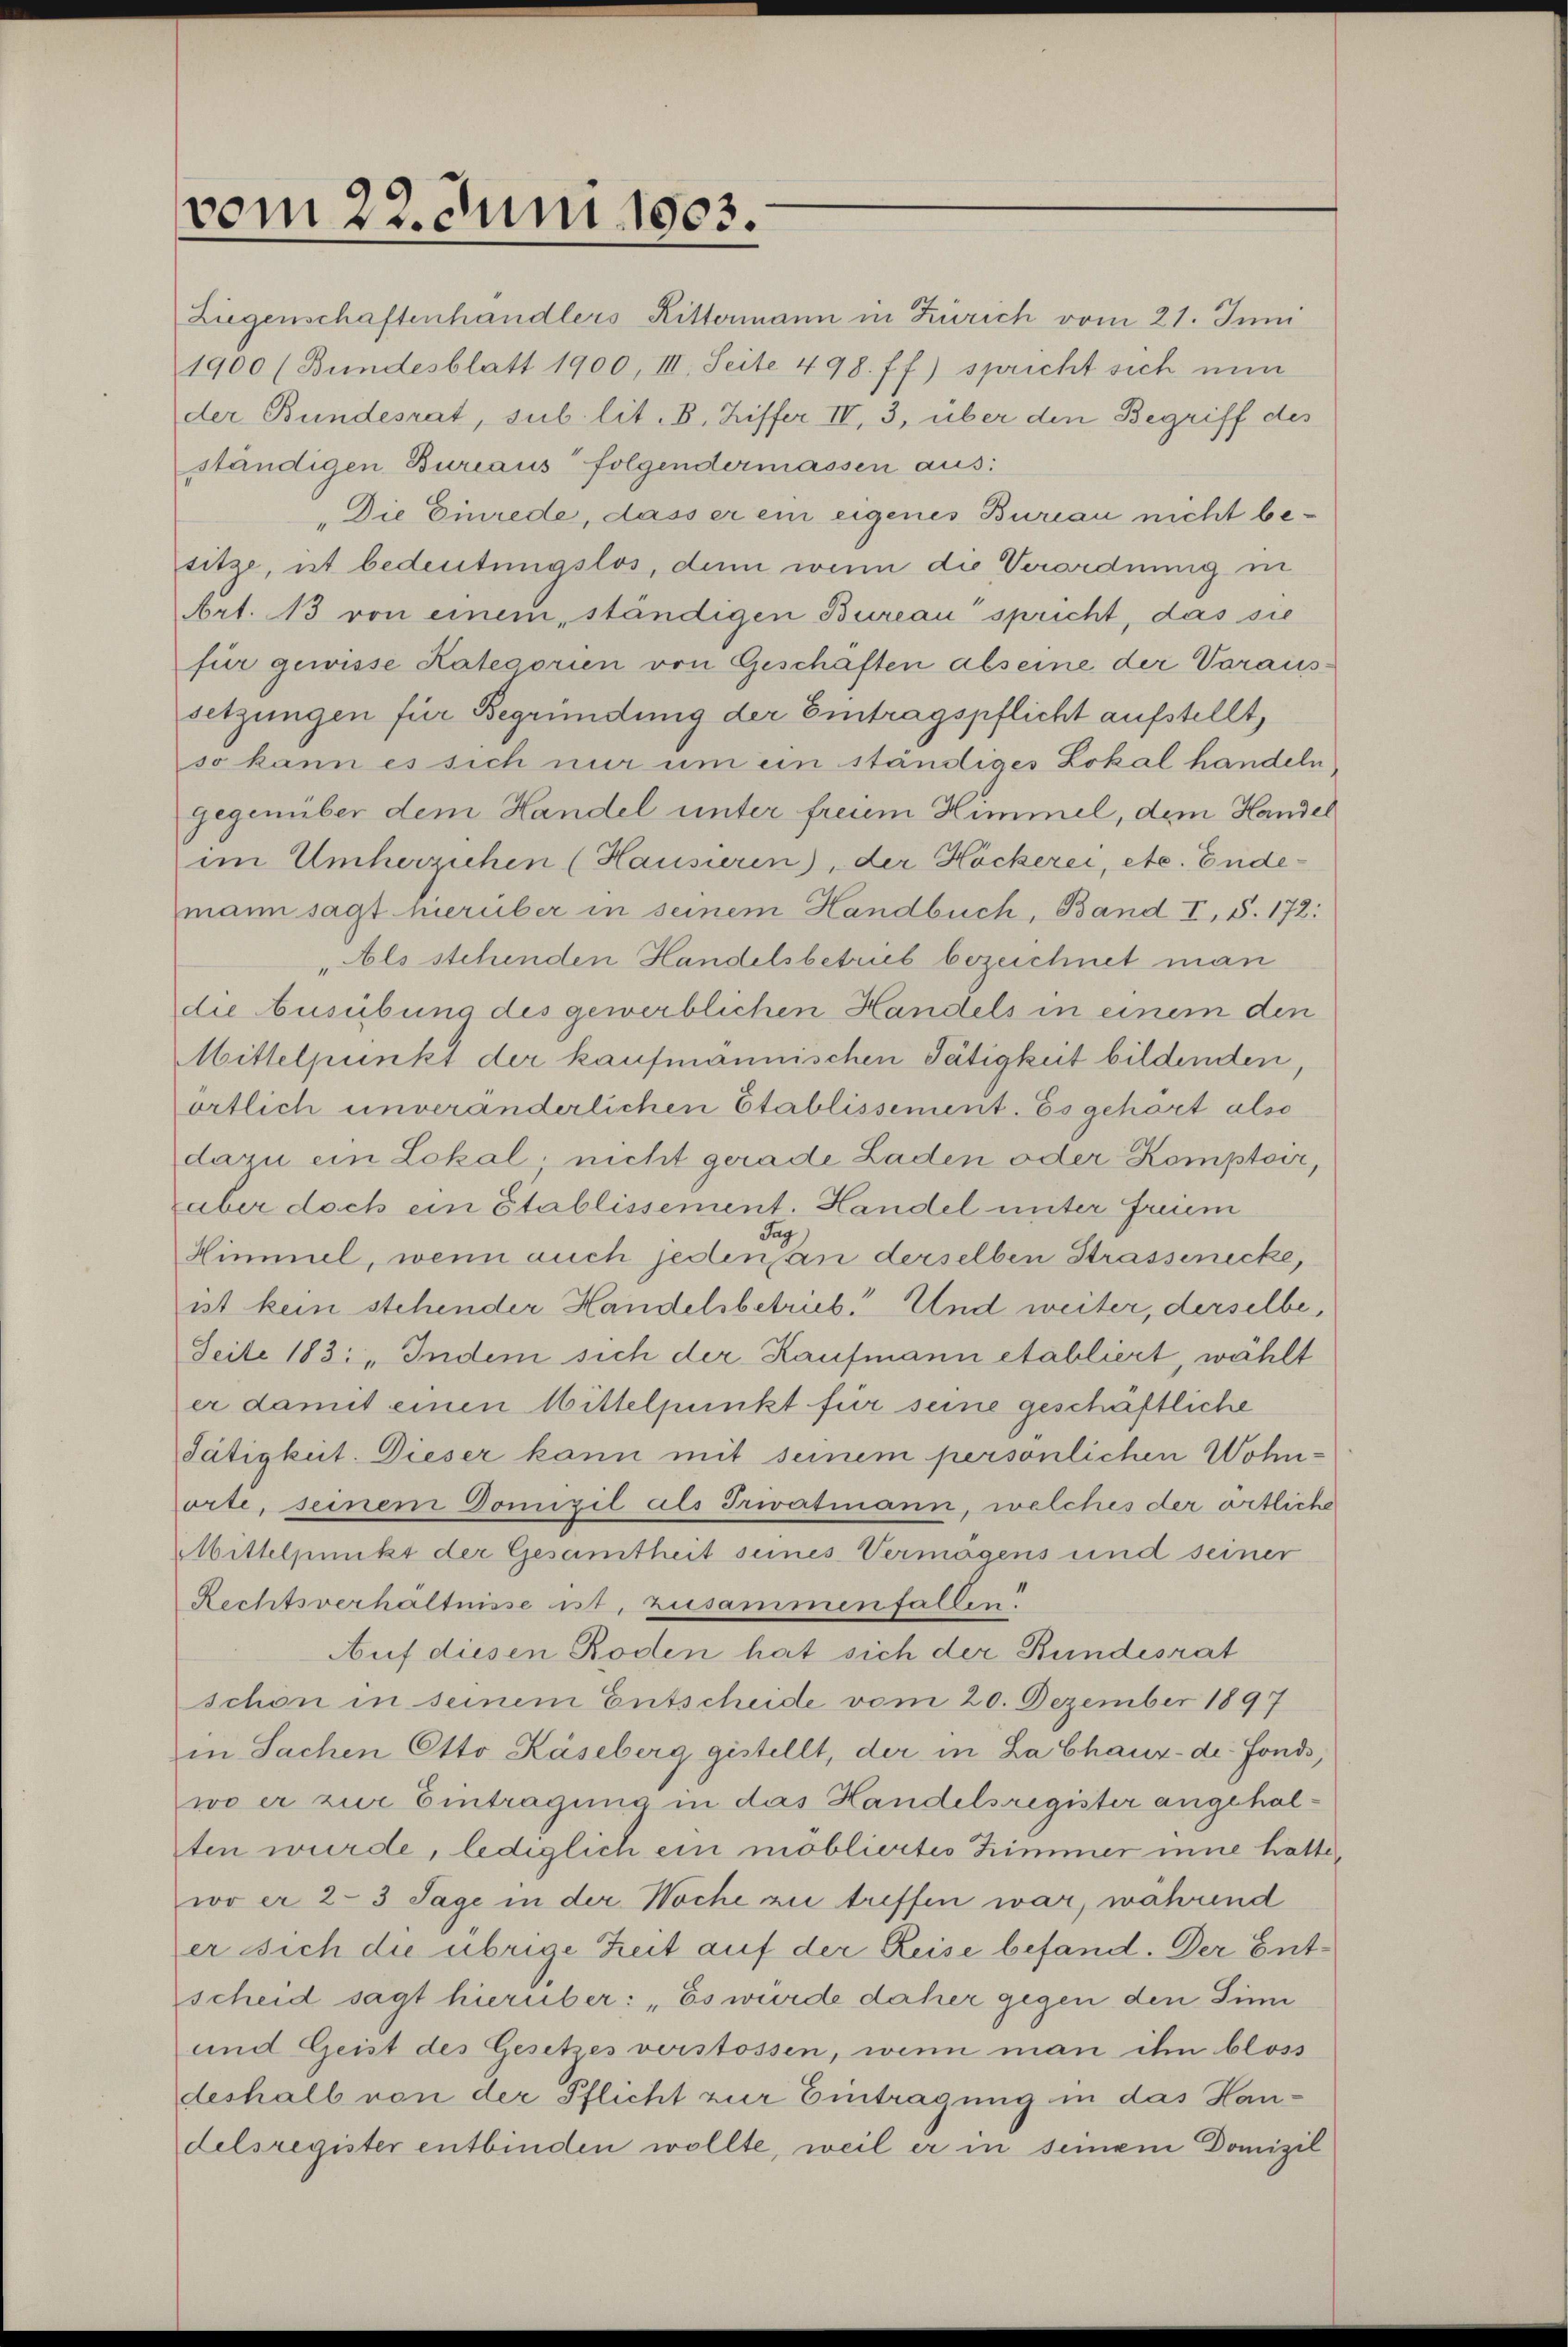
Liegenschaftenhandlers Rittermann in Zürich vom 21. Juni
1900 (Bundesblatt 1900, III. Seite 498 ff) spricht sich nun
der Bundesrat, sub lit. B. Hiffer IV, 3, über den Begriff des
ständigen Bureaus folgendermassen aus:
„Die Einrede, dass er ein eigenes Bureau nicht besitze, ist bedeutungslos, denn wenn die Verordnung in
Art. 13 von einem, ständigen Bureau spricht, das sie
für gewisse Kategorien von Geschaften abseine der Voraussetzungen für Begründung der Eintragspflicht aufstellt,
so kann es sich nur um ein ständiges Lokal handeln
Gegenüber dem Handel unter freuem Himmel, dem Handel
im Umherziehen (Hausieren), der Höckerei, etc. Endemann sagt hierüber in seinem Handbuch, Band I, S. 172:
„Als stehenden Handelsbetrieb bezeichnet man

vom 22. Juni 1803.

die Ausübung des gewerblichen Handels in einem den
Mittelpunkt der kaufmannischen Tätigkeit bildenden
örtlich unveränderlichen Etablissement. Es gehart also
dazu ein Lokal, nicht gerade Laden oder Komptoir,
über doch ein Stablissement. Handel unter freiem
Jag
Himmel, wenn auch jeden an derselben Strassenecke,
ist kein stehender Handelsbetrieb! Und weiter, derselbe,
Seite 183: „Indem sich der Kaufmann etabliert, wählt
er damit einen Mittelpunkt für seine geschäftliche
Tätigkeit. Dieser kann mit seinem persönlichen Wohnorte, seinem Domizil als Privatmann, welches der örtliche
Mittelpunkt der Gesamtheit seines Vermögens und seiner
Rechtsverhältnisse ist, zusammenfallen.
Auf diesen Roden hat sich der Bundesrat
schon in seinem Entscheide vom 20. Dezember 1897
in Sachen Otto Käseberg gestellt, der in La Chaux-de-Fonds,
wo er zur Eintragung in das Handelsregister angehalten wurde, lediglich ein möbliertes Himmer inne hätte,
wo er 2-3 Tage in der Woche zu treffen war, während
er sich die übrige Zeit auf der Reise befand. Der Entscheid sagt hierüber: „Es wurde daher gegen den Sinn
und Geist des Gesetzes verstossen, wenn man ihn bloss
deshalb von der Pflicht zur Eintragung in das Handelsregister entbinden wollte, weil er in seinem Domizil